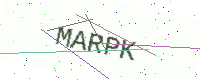
Text: MARPK